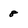
Character: 8